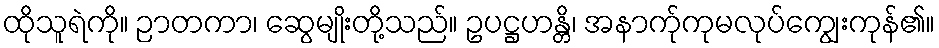
ထိုသူရဲကို။ ဉာတကာ၊ ဆွေမျိုးတို့သည်။ ဥပဋ္ဌဟန္တိ၊ အနာက်ုကုမလုပ်ကျွေးကုန်၏။